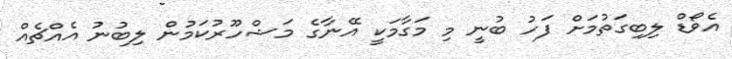
އެވޯޑް ލިބިގަތުމަށް ފަހު ބުނީ މި މަގާމަކީ އޭނާގެ މަޝްހޫރުކަމުން ލިބުނު އެއްޗެއް